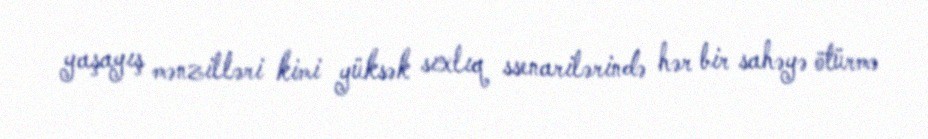
yaşayış mənzilləri kimi yüksək sıxlıq ssenarilərində hər bir sahəyə ötürmə